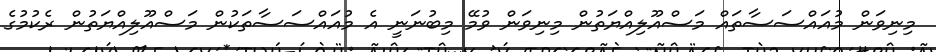
މިނިވަން މުއައްސަސާތައް މަސްއޫލިއްޔަތުން މިނިވަން ވުމޭ މިބުނަނީ އެ މުއައްސަސާތަކުން މަސްއޫލިއްޔަތުން ރެކުމުގެ